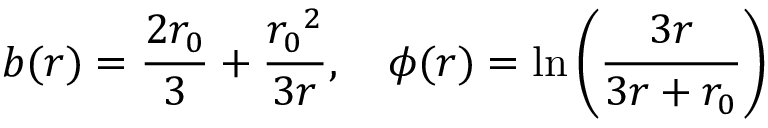
b ( r ) = \frac { 2 r _ { 0 } } { 3 } + \frac { { r _ { 0 } } ^ { 2 } } { 3 r } , \quad \phi ( r ) = \ln \left( \frac { 3 r } { 3 r + r _ { 0 } } \right)